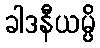
ခါဒနီယမ္ပိ